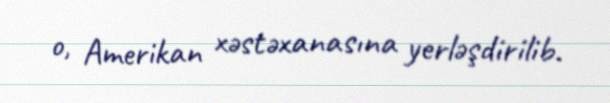
o, Amerikan xəstəxanasına yerləşdirilib.